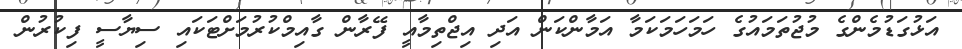
އަޅުގަޑުމެންގެ މުޖުތަމައުގެ ހަމަހަމަކަމާ އަމާންކަން އަދި އިޖްތިމާއީ ފޭރާން ގާއިމްކުރުމަށްޓަކައި ސިޔާސީ ފިކުރުން